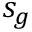
s _ { g }